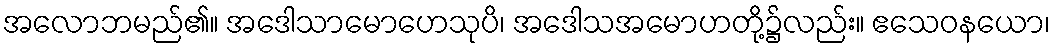
အလောဘမည်၏။ အဒေါသာမောဟေသုပိ၊ အဒေါသအမောဟတို့၌လည်း။ ဧသေဝနယော၊